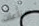
صناعات